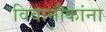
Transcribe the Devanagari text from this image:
विवानौकांना